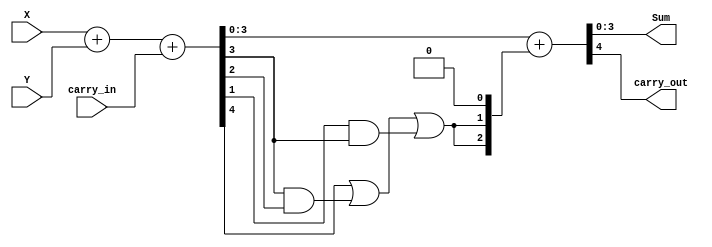
// Dunia jaser 1201345
module BCD_Adder(Sum,carry_out,carry_in,X,Y);
input carry_in;
input [3:0] X;
input [3:0] Y;

wire [3:0] Temporary;
wire [3:0] add_6_or_0;
wire temp_carry;

output [3:0] Sum;
output carry_out;

assign {temp_carry,Temporary}=X+Y+carry_in;
// to check whether the output is greater than 6
assign  add_6_or_0[0] = 0;
assign	add_6_or_0[1] = temp_carry || (Temporary[3]&&Temporary[2]) || (Temporary[1]&&Temporary[3]);
assign	add_6_or_0[2] = temp_carry || (Temporary[3]&&Temporary[2]) || (Temporary[1]&&Temporary[3]);
assign	add_6_or_0[3]=0;

assign {carry_out,Sum}= Temporary + add_6_or_0;
endmodule